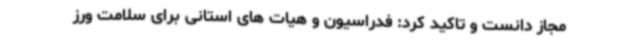
مجاز دانست و تاکید کرد: فدراسیون و هیات های استانی برای سلامت ورز